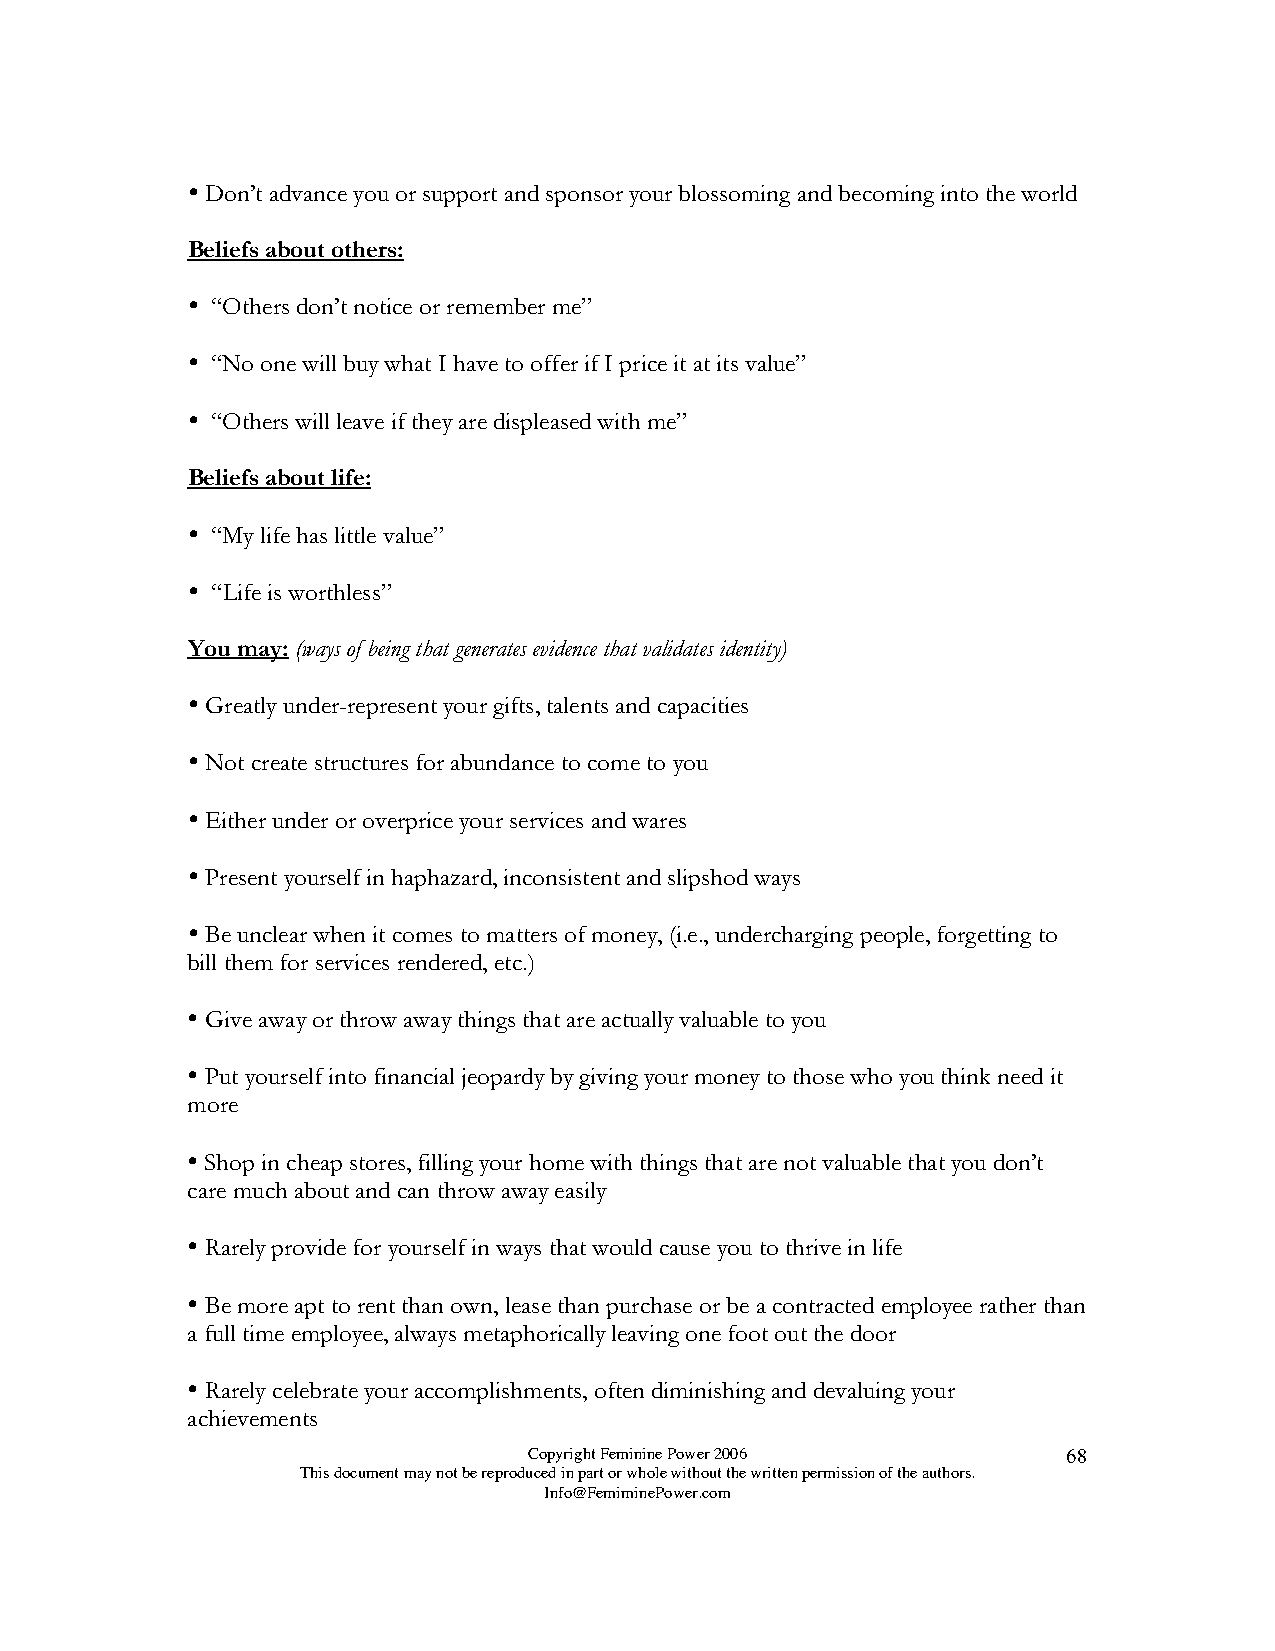

 Don’t advance you or support and sponsor your blossoming and becoming into the world
 Beliefs about others:
 
 “Others don’t notice or remember me”
 
 “No one will buy what I have to offer if I price it at its value”
 
 “Others will leave if they are displeased with me”
 Beliefs about life:
 
 “My life has little value”
 
 “Life is worthless”
 You may: (ways of being that generates evidence that validates identity)
 
 Greatly under-represent your gifts, talents and capacities
 
 Not create structures for abundance to come to you
 
 Either under or overprice your services and wares
 
 Present yourself in haphazard, inconsistent and slipshod ways
 
 Be unclear when it comes to matters of money, (i.e., undercharging people, forgetting to
 bill them for services rendered, etc.)
 
 Give away or throw away things that are actually valuable to you
 
 Put yourself into financial jeopardy by giving your money to those who you think need it
 more
 
 Shop in cheap stores, filling your home with things that are not valuable that you don’t
 care much about and can throw away easily
 
 Rarely provide for yourself in ways that would cause you to thrive in life
 
 Be more apt to rent than own, lease than purchase or be a contracted employee rather than
 a full time employee, always metaphorically leaving one foot out the door
 
 Rarely celebrate your accomplishments, often diminishing and devaluing your
 achievements
 Copyright Feminine Power 2006       68
 This document may not be reproduced in part or whole without the written permission of the authors.
 Info@FemiminePower.com